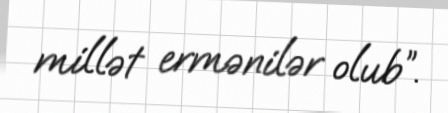
millət ermənilər olub”.